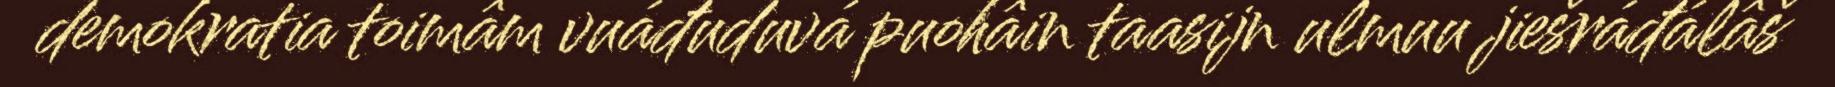
demokratia toimâm vuáđuduvá puohâin taasijn ulmuu jiešráđálâš